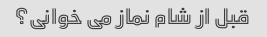
قبل از شام نماز می خوانی؟